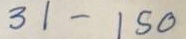
31 - 150